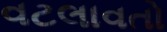
વટલાવતો